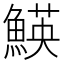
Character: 𩹅